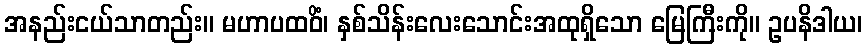
အနည်းငယ်သာတည်း။ မဟာပထဝိံ၊ နှစ်သိန်းလေးသောင်းအထုရှိသော မြေကြီးကို။ ဥပနိဒါယ၊